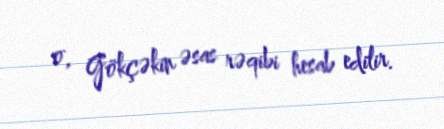
o, Gökçəkin əsas rəqibi hesab edilir.